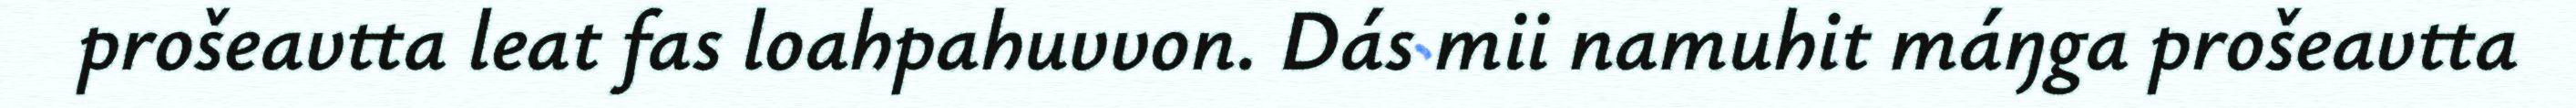
prošeavtta leat fas loahpahuvvon. Dás mii namuhit máŋga prošeavtta